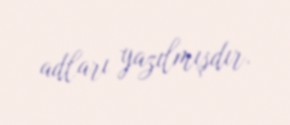
adları yazılmışdır.